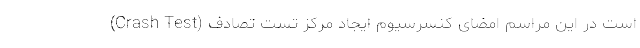
است در این مراسم امضای کنسرسیوم ایجاد مرکز تست تصادف (Crash Test)